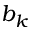
b _ { k }